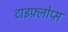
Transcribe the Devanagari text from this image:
टाइफ़्लोप्स